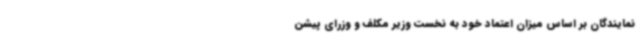
نمایندگان بر اساس میزان اعتماد خود به نخست وزیر مکلف و وزرای پیشن